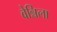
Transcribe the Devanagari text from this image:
वेन्निला